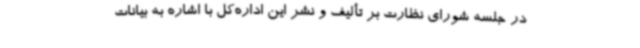
در جلسه شورای نظارت بر تألیف و نشر این اداره‌کل با اشاره به بیانات